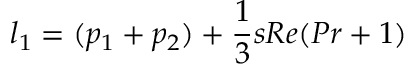
l _ { 1 } = ( p _ { 1 } + p _ { 2 } ) + \frac { 1 } { 3 } s R e ( P r + 1 )